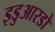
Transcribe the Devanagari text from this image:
इडुआरडो